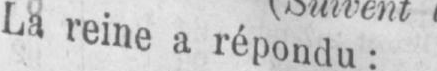
La reine a répondu: